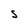
Character: S